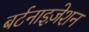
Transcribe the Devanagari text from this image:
बर्टनाइज़ेशन